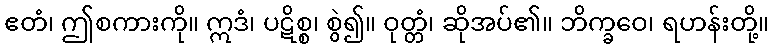
ဧတံ၊ ဤစကားကို။ ဣဒံ၊ ပဋိစ္စ၊ စွဲ၍။ ဝုတ္တံ၊ ဆိုအပ်၏။ ဘိက္ခဝေ၊ ရဟန်းတို့။